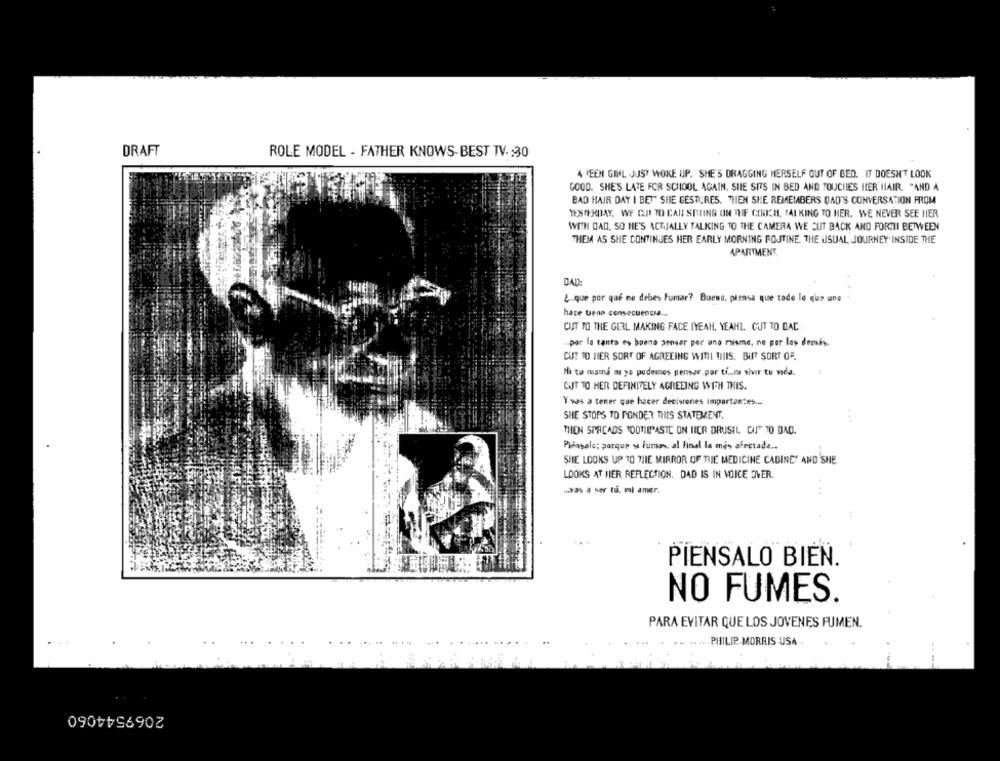
DRAFT
ROLE MODEL - FATHER KNOWS BEST TV- : 30
4 TEEN GIRL JUST WOKE UP. SHE'S DRAGGING HERSELF OUT OF BED. IT DOESN'T LOOK
GOOD. SHE'S LATE FOR SCHOOL AGAIN. SIIE SITS IN BED AND TOUCHIES HER HAIR. "AND A
BAD HAIR DAY I BET SHE GESTURES. THEN SHE REMEMBERS DAD'S CONVERSATION FROM
YESTERDAY. WE CI TO CAN SEIING ON THE COUCH, TALKING TO HER. WE NEVER SEE HER
WITH DAD, SO HE'S ACTUALLY TALKING TO THE CAMERA WE CUT BACK AND FORTH BETWEEN
THEM AS SHE CONTINUES HER EARLY MORNING FOJTINE THE USUAL, JOURNEY INSIDE THE
APARTMENT
DAD:
L.que por que no debes Fumar? Bueno, piensa que tade le qip une
hace tiene consecuencia ...
CUIT TO THE GIRL MAKING FACE IYEAH, YEAHI. CUT TO DAC:
u.por la tanto es buena pensar per uno moisme, ne por los demás.
CUT TO HER SORT OF AGREEING WINI THIS. BUT SORT OF.
Ni ta mami mi yo poderes pensar.por ti .. mı vivir tu vida.
CUIT TO HER DEFINITELY AGREEING WITH THIS.
Y vas a tener que hacer decisiones importantes ...
SHE STOPS TO PONDER THIS STATEMENT.
THEN SPREADS TOOTHPASTE ON IICR DRUSIL CUFF 7O DAD.
Piénsalo; porque y Fumos, al Final la mis afectada ..
SHE LOOKS UP TO TIIE MIRROR OF THE MEDICINE CABINET AND SHE
LOOKS AT HER REFLECTION. DAD IS IN VOICE OVER.
..
myas a ser tu, mi amer.
PIENSALO BIEN.
NO FUMES.
PARA EVITAR QUE LOS JOVENES FUMEN.
...
...
.. PHILIP MORRIS USA .
2069544060